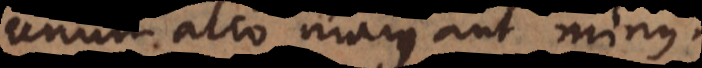
unum alio majus aut minus.